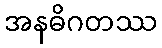
အနဓိဂတဿ